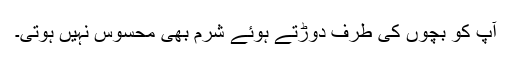
آپ کو بچوں کی طرف دوڑتے ہوئے شرم بھی محسوس نہیں ہوتی۔